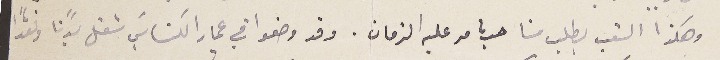
وهكذا الشعب بطلب منا حسب ما مر عليه الزمان. وقد وضعوا في عمار الكناسَي شغل بدنًا ونقدًا